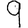
Digit: 9